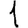
Digit: 1